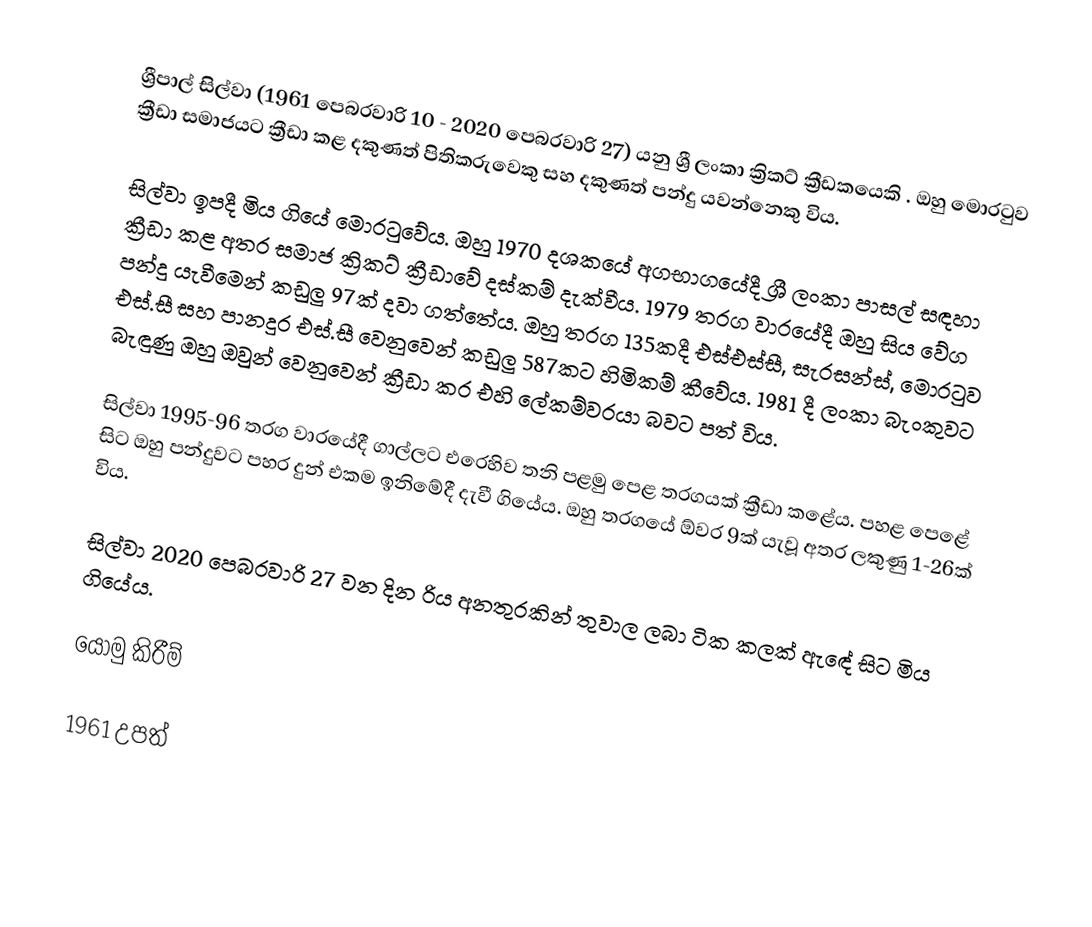
ශ්‍රීපාල් සිල්වා (1961 පෙබරවාරි 10 - 2020 පෙබරවාරි 27) යනු ශ්‍රී ලංකා ක්‍රිකට් ක්‍රීඩකයෙකි . ඔහු මොරටුව ක්‍රීඩා සමාජයට ක්‍රීඩා කළ දකුණත් පිතිකරුවෙකු සහ දකුණත් පන්දු යවන්නෙකු විය.

සිල්වා ඉපදී මිය ගියේ මොරටුවේය. ඔහු 1970 දශකයේ අගභාගයේදී ශ්‍රී ලංකා පාසල් සඳහා ක්‍රීඩා කළ අතර සමාජ ක්‍රිකට් ක්‍රීඩාවේ දස්කම් දැක්වීය. 1979 තරග වාරයේදී ඔහු සිය වේග පන්දු යැවීමෙන් කඩුලු 97ක් දවා ගත්තේය. ඔහු තරග 135කදී එස්එස්සී, සැරසන්ස්, මොරටුව එස්.සී සහ පානදුර එස්.සී වෙනුවෙන් කඩුලු 587කට හිමිකම් කීවේය. 1981 දී ලංකා බැංකුවට බැඳුණු ඔහු ඔවුන් වෙනුවෙන් ක්‍රීඩා කර එහි ලේකම්වරයා බවට පත් විය.

සිල්වා 1995-96 තරග වාරයේදී ගාල්ලට එරෙහිව තනි පළමු පෙළ තරගයක් ක්‍රීඩා කළේය. පහළ පෙළේ සිට ඔහු පන්දුවට පහර දුන් එකම ඉනිමේදී දැවී ගියේය. ඔහු තරගයේ ඕවර 9ක් යැවූ අතර ලකුණු 1-26ක් විය.

සිල්වා 2020 පෙබරවාරි 27 වන දින රිය අනතුරකින් තුවාල ලබා ටික කලක් ඇඳේ සිට මිය ගියේය.

යොමු කිරීම්

1961 උපත්